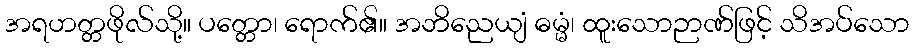
အရဟတ္တဖိုလ်သို့။ ပတ္တော၊ ရောက်၏။ အဘိညေယျံ ဓမ္မံ၊ ထူးသောဉာဏ်ဖြင့် သိအပ်သော